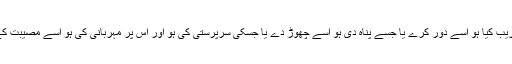
تو بلند ہے اس سے کہ جسے پالا ہو اسے ضائع کرے یا جسے قریب کیا ہو اسے دور کرے یا جسے پناہ دی ہو اسے چھوڑ دے یا جسکی سرپرستی کی ہو اور اس پر مہربانی کی ہو اسے مصیبت کے حوالے کر دے اے کاش میں جانتا اے میرے آقا میرے معبود!